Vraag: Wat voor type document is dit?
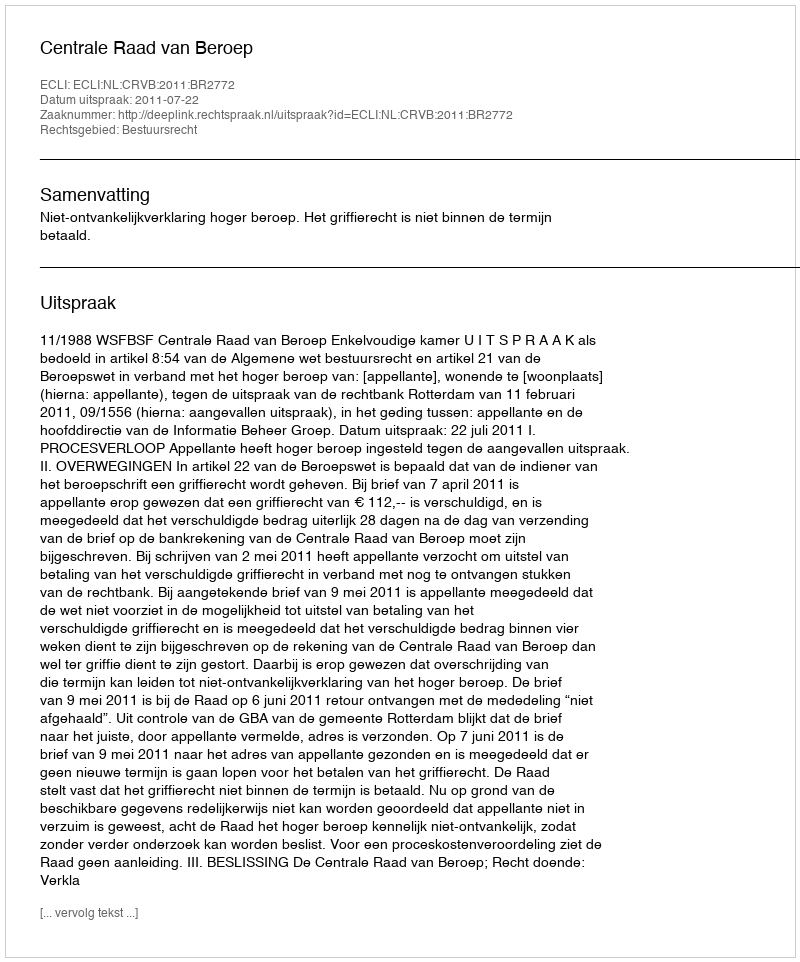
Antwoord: Uitspraak